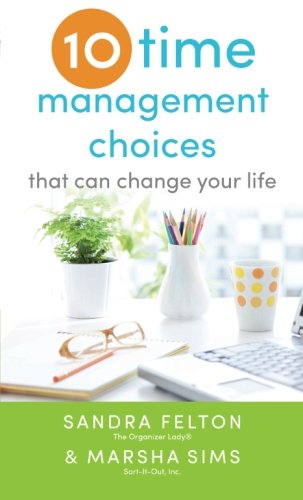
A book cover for Ten Time Management Choices That Can Change Your Life; Sandra Felton; Self-Help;